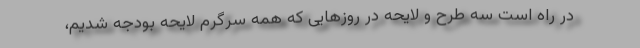
در راه است سه طرح و لایحه در روزهایی که همه سرگرم لایحه بودجه شدیم،